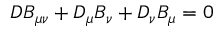
D _ { \l } B _ { \mu \nu } + D _ { \mu } B _ { \nu \l } + D _ { \nu } B _ { \l \mu } = 0